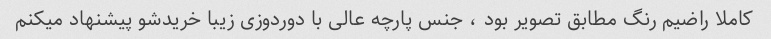
کاملا راضیم رنگ مطابق تصویر بود ، جنس پارچه عالی با دوردوزی زیبا خریدشو پیشنهاد میکنم